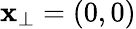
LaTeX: \mathbf{x}_{\bot}=(0,0)